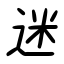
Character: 迷